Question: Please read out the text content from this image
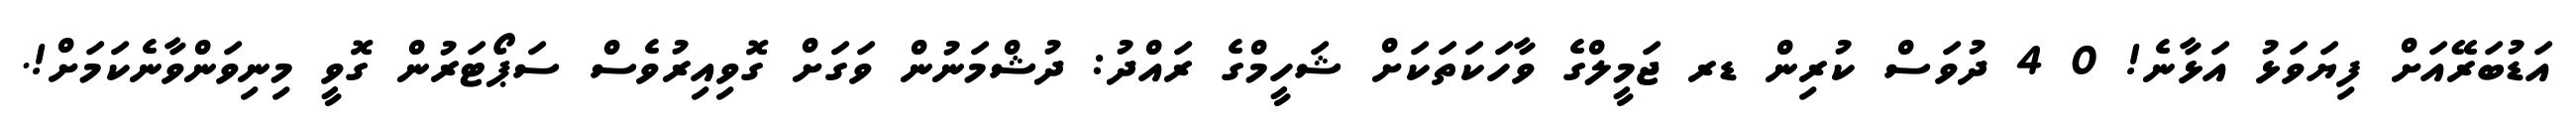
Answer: އަޑުބަރޭއަށް ފިޔަވަޅު އަޅާނެ! 0 4 ދުވަސް ކުރިން ޑރ ޖަމީލްގެ ވާހަކަތަކަށް ޝަހީމްގެ ރައްދު: ދުޝްމަނުން ވަގަށް ގޮވިއިރުވެސް ސަޕޯޓަރުން ގޮވީ މިނިވަންވާނެކަމަށް!.